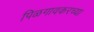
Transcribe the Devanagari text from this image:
पिळगावकरच्या